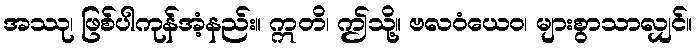
အဿု၊ ဖြစ်ပါကုန်အံ့နည်း။ ဣတိ၊ ဤသို့။ ဗလဝံယေဝ၊ များစွာသာလျှင်။